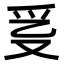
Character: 𤓴